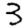
Digit: 3